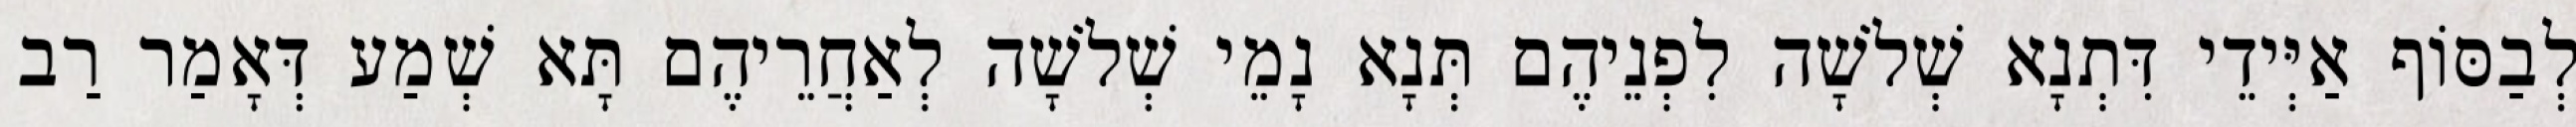
לְבַסּוֹף אַיְּידֵי דִּתְנָא שְׁלֹשָׁה לִפְנֵיהֶם תְּנָא נָמֵי שְׁלֹשָׁה לְאַחֲרֵיהֶם תָּא שְׁמַע דְּאָמַר רַב